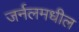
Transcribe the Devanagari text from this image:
जर्नलमधील